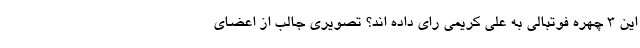
این 3 چهره فوتبالی به علی کریمی رای داده اند؟ تصویری جالب از اعضای